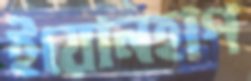
ইয়োনহাপ